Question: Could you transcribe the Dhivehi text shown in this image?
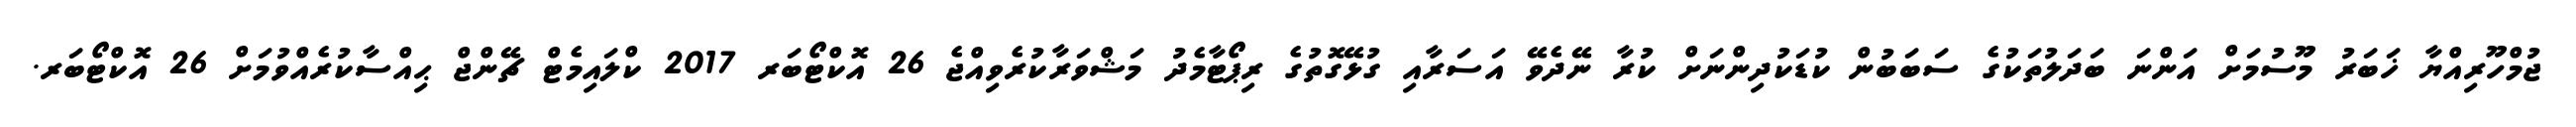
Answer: ޖުމްހޫރިއްޔާ ޚަބަރު މޫސުމަށް އަންނަ ބަދަލުތަކުގެ ސަބަބުން ކުޑަކުދިންނަށް ކުރާ ނޭދެވޭ އަސަރާއި ގުޅޭގޮތުގެ ރިޕޯޓާމެދު މަޝްވަރާކުރެވިއްޖެ 26 އޮކްޓޯބަރ 2017 ކްލައިމެޓް ޗޭންޖް ޙިއްސާކުރެއްވުމަށް 26 އޮކްޓޯބަރ.